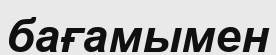
бағамымен